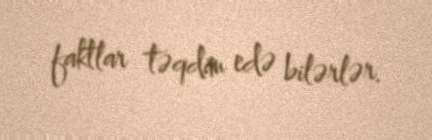
faktlar təqdim edə bilərlər.